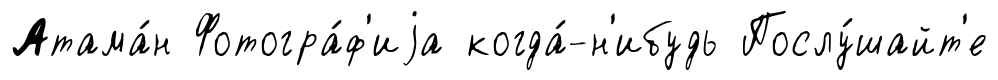
Атама́н Фотогра́ф'иjа когда́-н'ибудь Послу́шайт'е